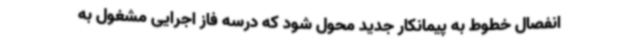
انفصال خطوط به پیمانکار جدید محول شود که درسه فاز اجرایی مشغول به